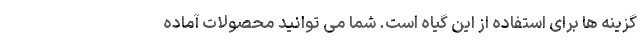
گزینه ها برای استفاده از این گیاه است. شما می توانید محصولات آماده